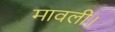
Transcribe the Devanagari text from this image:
मावली।